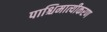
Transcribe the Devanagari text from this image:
पाश्चिमात्यीकरण